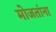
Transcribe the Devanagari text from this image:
मोजतांना